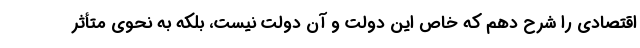
اقتصادی را شرح دهم که خاص این دولت و آن دولت نیست، بلکه به نحوی متأثر